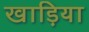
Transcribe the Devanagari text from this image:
खाड़िया